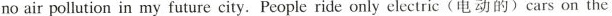
no air pollution in my future city.People ride only clectric(电动的) cars on the